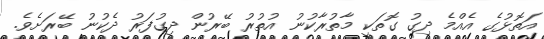
އަތޮޅުގެ އެއްމެ ދިގު ގޮތަކީ މާތުރާކުނު އުތުރު ބޭރުން ދިގުފަރު ދެކުނު ބޭރަށެވެ.